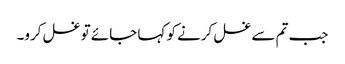
جب تم سے غسل کرنے کو کہا جائے تو غسل کرو۔